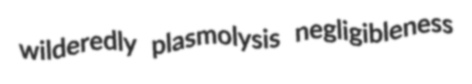
wilderedly plasmolysis negligibleness